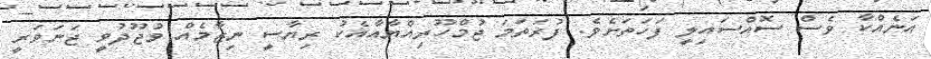
އަނެއްކާ ވެސް ސޮއްސައިލީ ފަހަތަށެވެ. ފުރަތަމަ ޖުމްހޫރިއްޔާއާއެކު ރިޔާސީ ނިޒާމެއް ވުޖޫދުވީ ޖަނަވަރީ